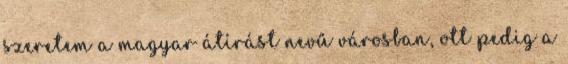
szeretem a magyar átírást nevű városban, ott pedig a